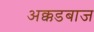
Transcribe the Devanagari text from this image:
अक्कडबाज